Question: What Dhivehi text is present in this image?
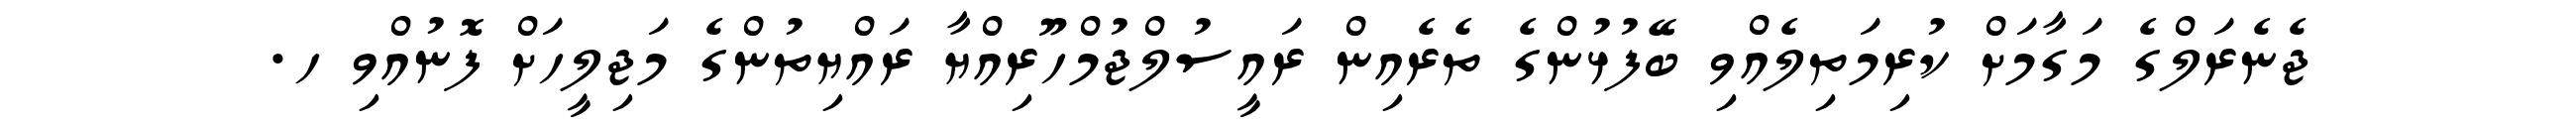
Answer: ޖެނެރަލްގެ މަގާމަށް ކުރިމަތިލެއްވި ބޭފުޅުންގެ ތެރެއިން ރައީސުލްޖުމްހޫރިއްޔާ ރައްޔިތުންގެ މަޖިލީހަށް ފޮނުއްވި ހ.